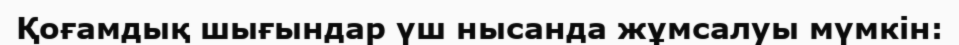
Қоғамдық шығындар үш нысанда жұмсалуы мүмкін: